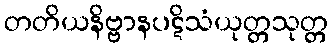
တတိယနိဗ္ဗာနပဋိသံယုတ္တသုတ္တ